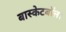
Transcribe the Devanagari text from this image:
बास्केटबॉल।